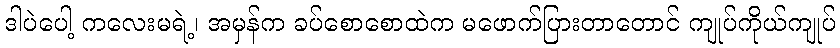
ဒါပဲပေါ့ ကလေးမရဲ့၊ အမှန်က ခပ်စောစောထဲက မဖောက်ပြားတာတောင် ကျုပ်ကိုယ်ကျုပ်